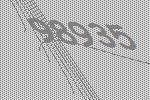
98935